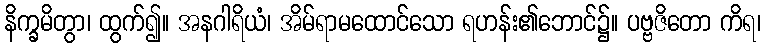
နိက္ခမိတွာ၊ ထွက်၍။ အနဂါရိယံ၊ အိမ်ရာမထောင်သော ရဟန်း၏ဘောင်၌။ ပဗ္ဗဇိတော ကိရ၊